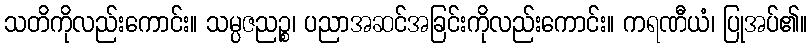
သတိကိုလည်းကောင်း။ သမ္ပဇညဉ္စ၊ ပညာအဆင်အခြင်းကိုလည်းကောင်း။ ကရဏီယံ၊ ပြုအပ်၏။